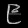
Digit: ၉